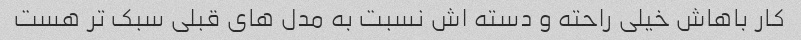
کار باهاش خیلی راحته و دسته اش نسبت به مدل های قبلی سبک تر هست